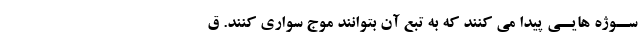
ســوژه هایــى پیدا مى کنند که به تبع آن بتوانند موج سوارى کنند. ق